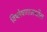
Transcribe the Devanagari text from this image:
विष्लेषणामधील